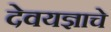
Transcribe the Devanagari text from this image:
देवयज्ञाचे